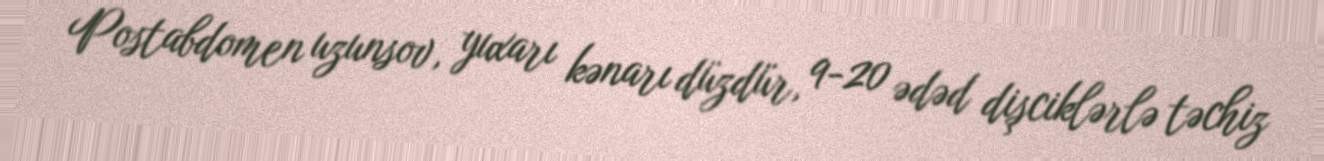
Postabdomen uzunsov, yuxarı kənarı düzdür, 9-20 ədəd dişciklərlə təchiz